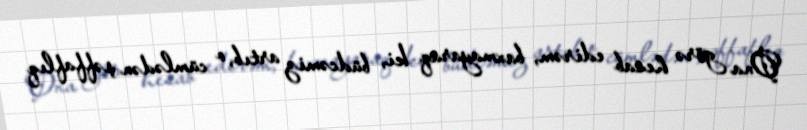
Ona görə hesab edirəm, baxmayaraq ki, büdcəmiz artıb, o cümlədən şəffaflıq